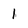
Character: 1